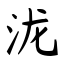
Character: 泷